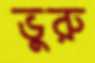
ভুরু